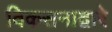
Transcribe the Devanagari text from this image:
विकसनाद्वारे